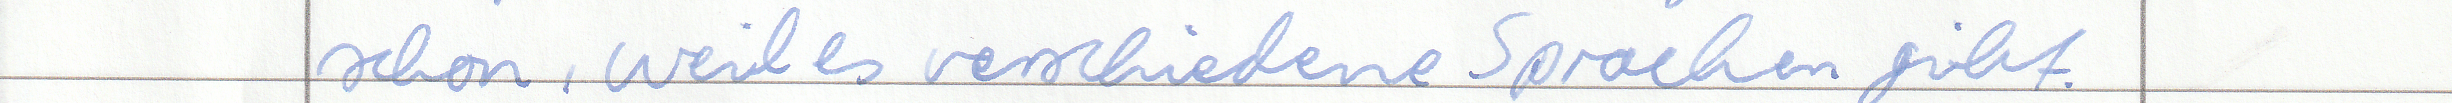
schon, weil es verschiedene Sprachen gibt.